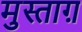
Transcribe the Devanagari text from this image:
मुस्ताग़